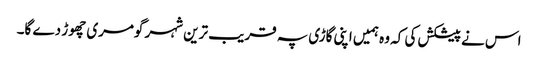
اس نے پیشکش کی کہ وہ ہمیں اپنی گاڑی پہ قریب ترین شہر گومری چھوڑ دے گا۔